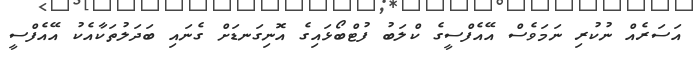
އަސަރެއް ނުކުރި ނަމަވެސް އޭއެފްސީގެ ކްލަބު ފުޓްބޯޅައިގެ އޮނިގަނޑަށް ގެނައި ބަދަލުތަކާއެކު އޭއެފްސީ